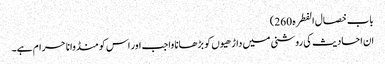
باب خصال الفطرہ 260)
ان احادیث کی روشنی میں داڑھیوں کو بڑھانا واجب اور اس کو منڈوانا حرام ہے۔